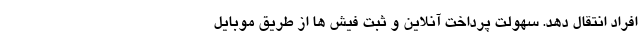
افراد انتقال دهد. سهولت پرداخت آنلاین و ثبت فیش ها از طریق موبایل